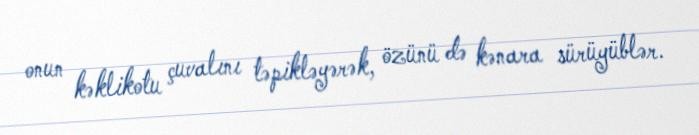
onun kəklikotu çuvalını təpikləyərək, özünü də kənara sürüyüblər.